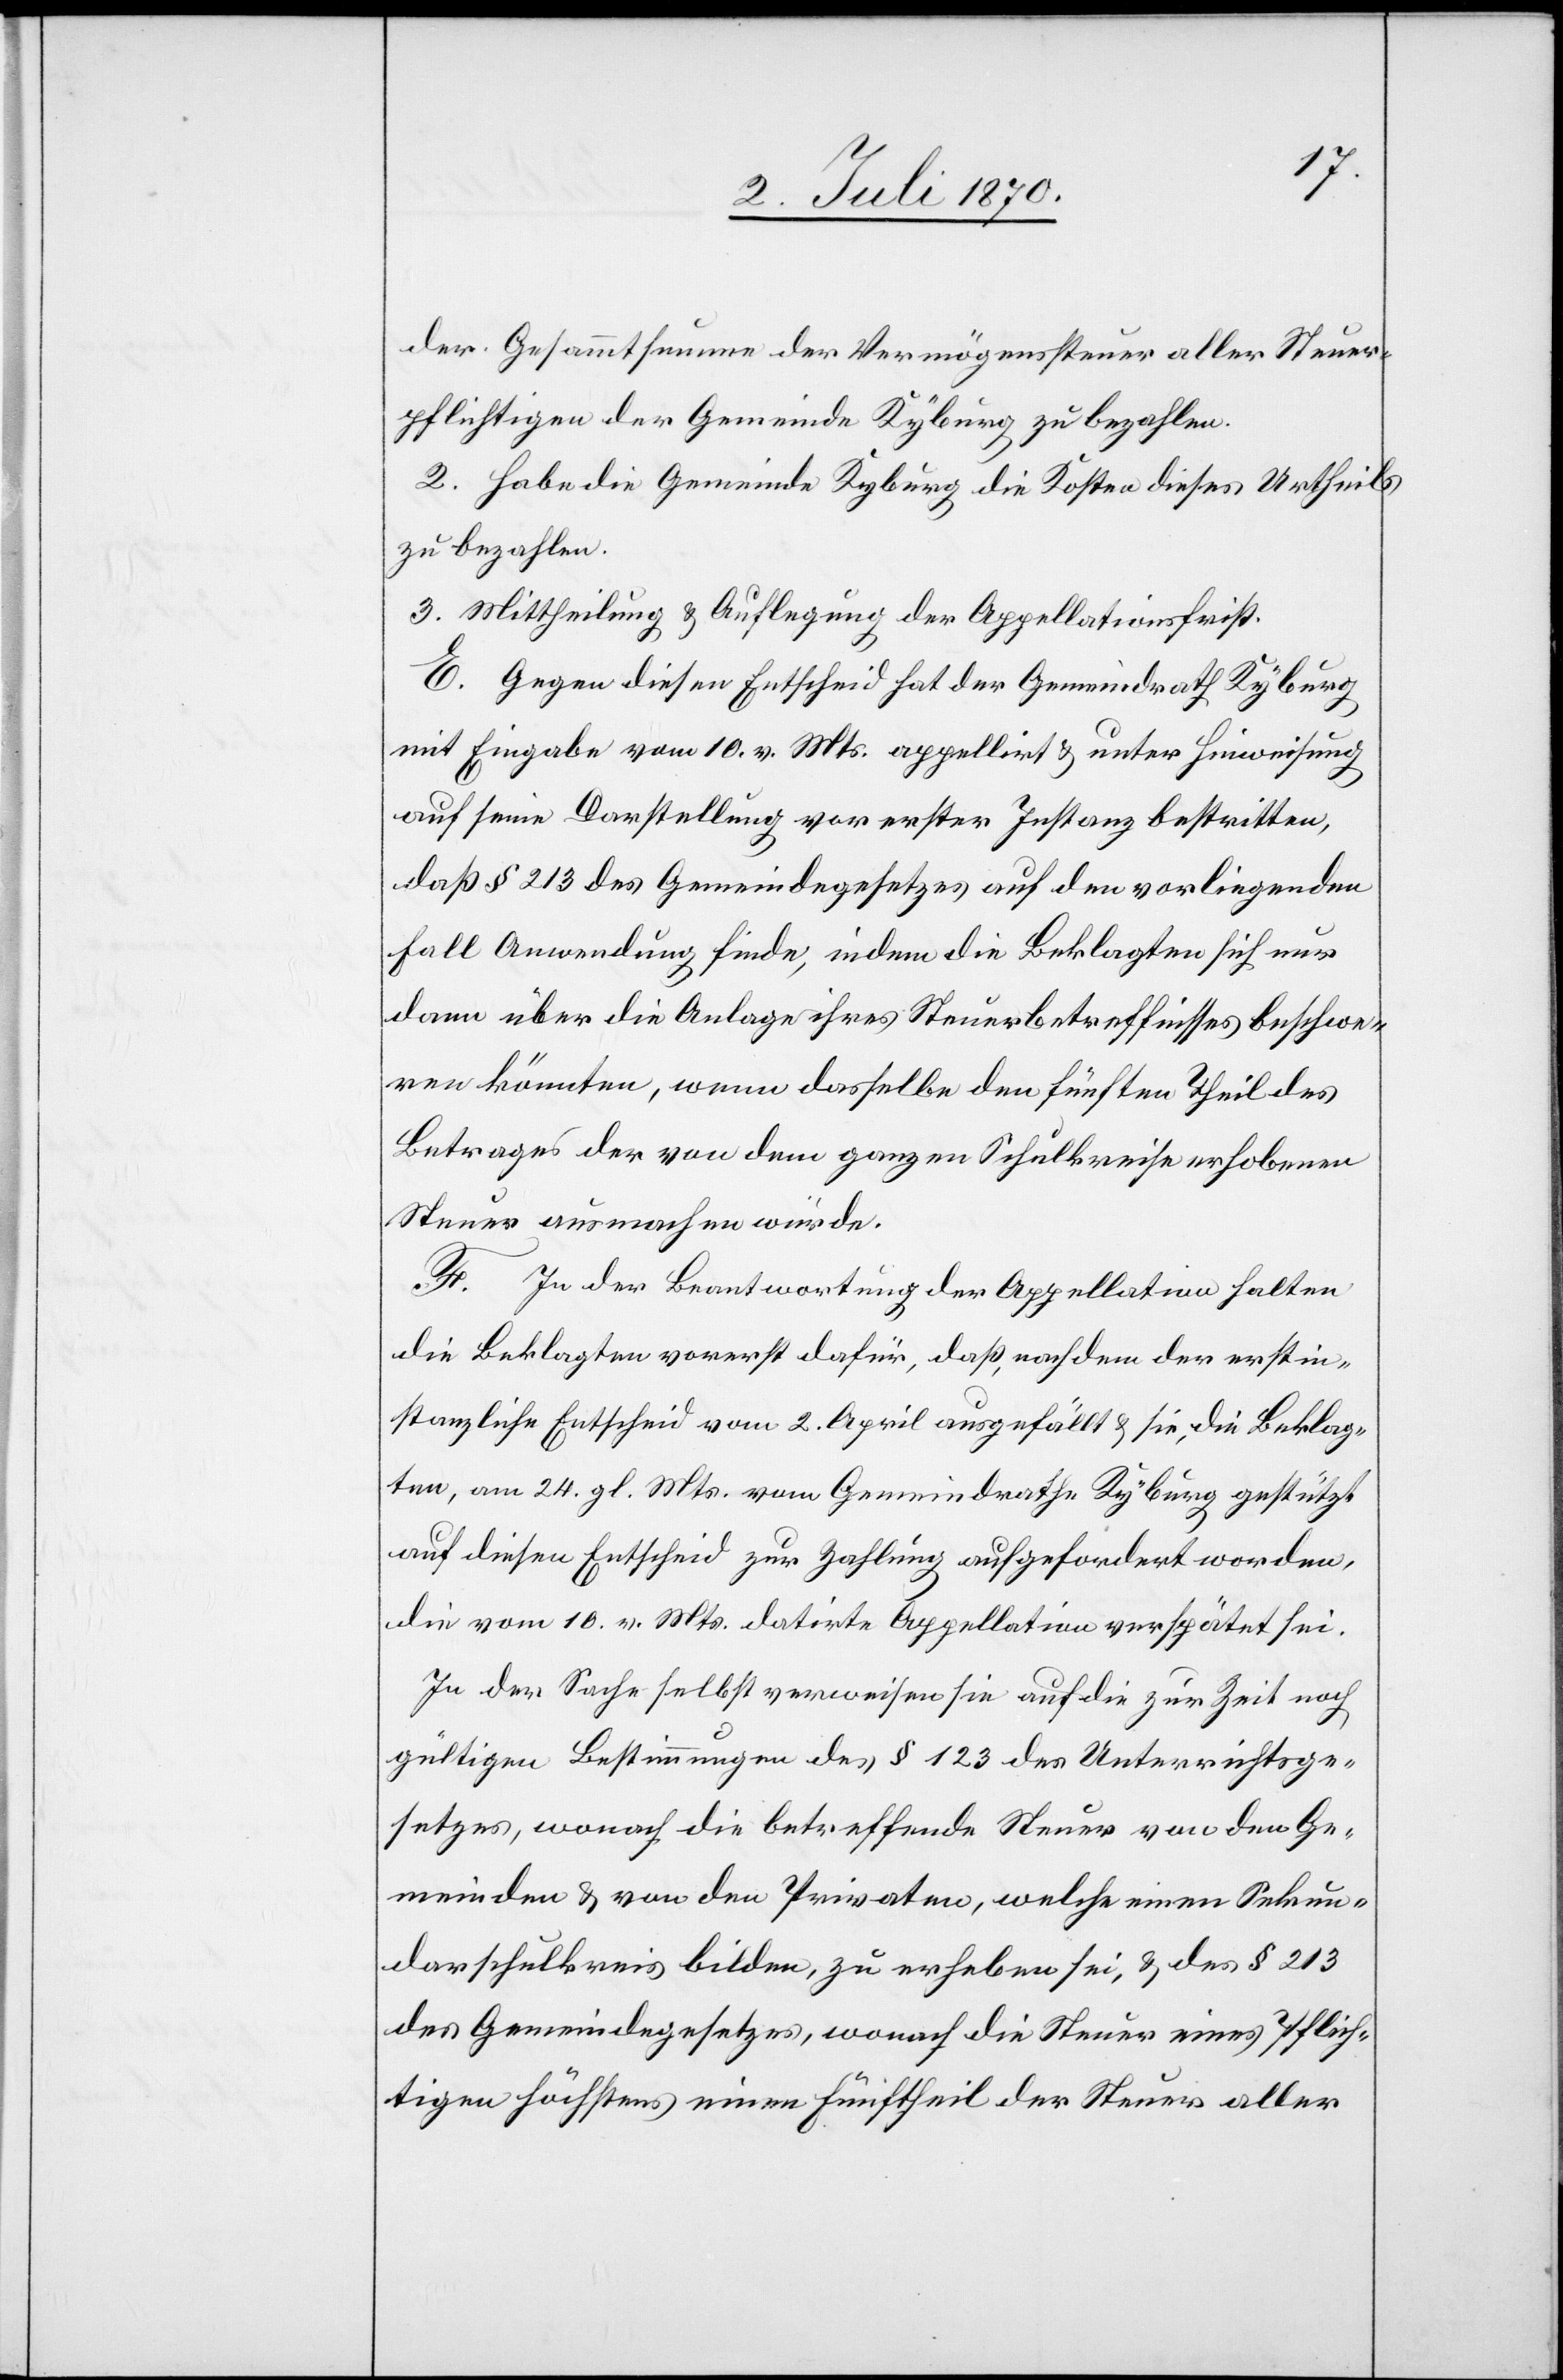
der Gesammtsumme der Vermögenssteuer aller Steuer¬
pflichtigen der Gemeinde Kyburg zu bezahlen.
2. Habe die Gemeinde Kyburg die Kosten dieses Urtheils
zu bezahlen.
3. Mittheilung & Auflegung der Appellationsfrist.
E. Gegen diesen Entscheid hat der Gemeindrath Kyburg
mit Eingabe vom 10. v. Mts. appellirt & unter Hinweisung
auf seine Darstellung vor erster Instanz bestritten,
daß § 213 des Gemeindegesetzes auf den vorliegenden
Fall Anwendung finde, indem die Beklagten sich nur
dann über die Anlage ihres Steuerbetreffnisses beschwe¬
ren könnten, wenn dasselbe den fünften Theil des
Betrages der von dem ganzen Schulkreise erhobenen
Steuer ausmachen würde.
F. In der Beantwortung der Appellation halten
die Beklagten vorerst dafür, daß, nachdem der erstin¬
stanzliche Entscheid vom 2. April ausgefällt & sie, die Beklag¬
ten, am 24. gl. Mts. vom Gemeindrathe Kyburg gestützt
auf diesen Entscheid zur Zahlung aufgefordert worden,
die vom 10. v. Mts. datirte Appellation verspätet sei.
In der Sache selbst verweisen sie auf die zur Zeit noch
gültigen Bestimmungen des § 123 des Unterrichtsge¬
setzes, wonach die betreffende Steuer von den Ge¬
meinden & von den Privaten, welche einen Sekun¬
darschulkreis bilden, zu erheben sei, & den § 213
des Gemeindegesetzes, wonach die Steuer eines Pflich¬
tigen höchstens einen Fünftheil der Steuer aller